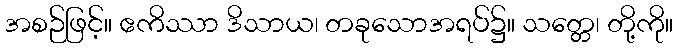
အစဉ်ဖြင့်။ ဧကိဿာ ဒိသာယ၊ တခုသောအရပ်၌။ သတ္တေ၊ တို့ကို။